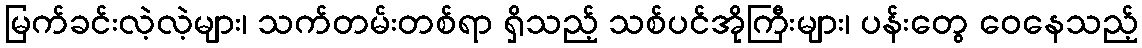
မြက်ခင်းလဲ့လဲ့များ၊ သက်တမ်းတစ်ရာ ရှိသည့် သစ်ပင်အိုကြီးများ၊ ပန်းတွေ ဝေနေသည့်